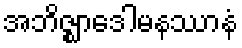
အဘိဇ္ဈာဒေါမနဿာနံ